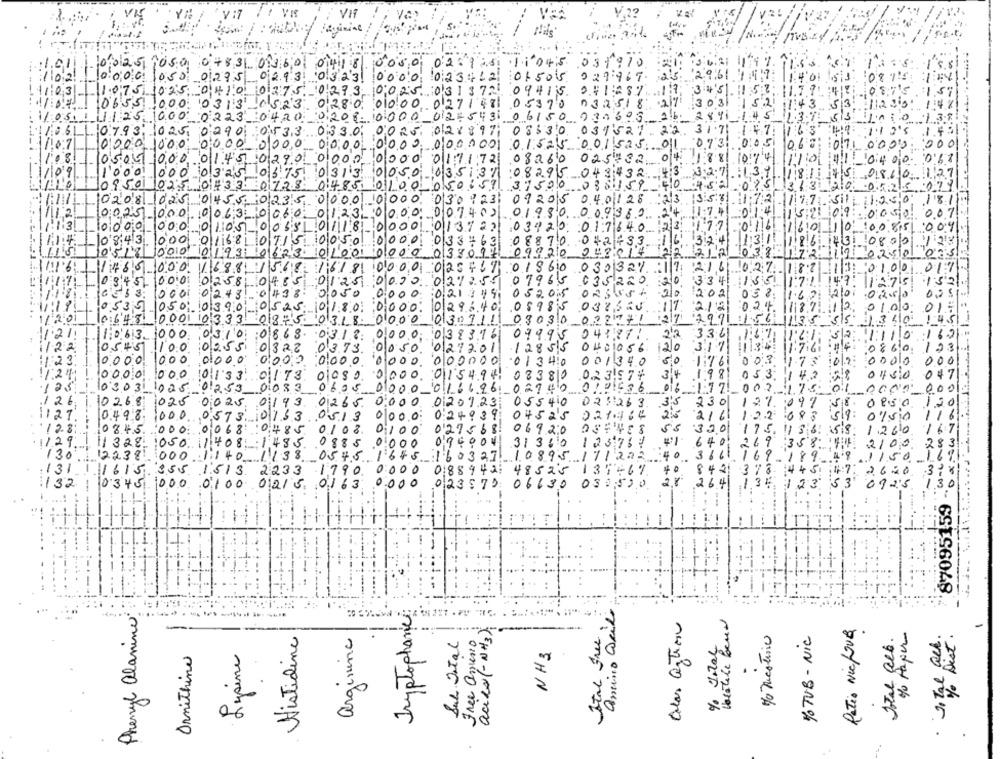
VIS
0025 2050 0483 0160 0418.00
0000
026125 11045 031910
023412 01505
16:000 1050 0295 0293 03231 00
029.967
1103
11.0:75
0273
72
0.412$7
09415
1065
8:0
.00
027148 05370
032518
00
04.
00,
02-5431 06150
934693.
035 30
0.7.93
0290
OF 3.3 .. 03.0
DORJ.
031521
0000
0'000 0000
00.00
0000001 01525 001525
10
0,000
0000
1.1;721
08260
01450280
025732
11/09
1000, 0000325 0575 0313
0050
035137
08295
.043432
0950
014851
0100 050
37500
59
10208 1025
0455 0235 0000 0000
030%
08205
0.4.01.
28
12
007.4
0025 000
0063 0060
0123,0000
0.0.9
0000 000 0105-0068
0/18- 0000 0137
20
0
1:7
40
:00851 :00
0843. 000
0168 0715 0050
0000
0 33"
08
870
33
0800
0518 0010
0123 20623201001 0000
210
02510 039
1465000 1688 1518 1618 0000 025767
030327
0100 017
0 3451 0001
0258 0485 0125 0000 02
0
3
10001
02430438 0050
0.000
21
0526
ORS
0539 050
13.9.0 ...
5.
80
0898
03%
01
0648 0001
3071
0
0
03
022
1.34
10
1/2/
1.0.63.1000
0,310
8.
041
2
03.1.2:
0383.16
09995
10
1122
05.45
100
0055
0328
03.73.
0050
027201
128 55
0401056
30
:23
0.000 000
01000
0:000
0.000
'000000
1 3 410
001340
000
10
0000
000
0
0000
01154.94
08380
023157+
125
10
3
00 33
0605
02940
0101536
126 10268
1020
0025
0143
0265
020923
021263
05541
127. 0498
000
0573 0153 0513
0000
0240
04525
021164
12.8:
10845
000 0068 10485 010
0
027.
06920
04
1/29.
11 328.1050.11408;1485
.0885
0.000
31360
130 12238
0327 10895171223
000 1140, 1138 054
131 1 1615 355 1513 2233 1790
0000
018 8
48525
137467
132 0345 000 0100
0163
0.000
023575 06630
050,500
012/5.
87095159
Phenyl alanine:
Tryptophane
Annino Grilo
....
acido (-NH3).
Colas Option
Ital Free.
Patio NicLove
Histidine
arginina
% Mesteric
% TVB - NIC
% Paper
· Jo ye Dist.
Sub Total
Free anuenio
Total gelb.
NH3
Ornithine
Lysine
06